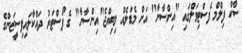
ސާކް ފިލްމް ފެސްޓިވަލްގައި "އިންސާނާ" އަށް މެޑަލެއް ލިބިއްޖެ"އިންސާނާ" ގެ ޕޯސްޓަރު ދައްކާލައިފިސީޒަންގެ